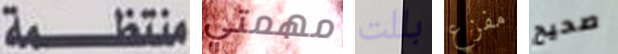
منتظمة مهمتي بللت مفزع صحيح